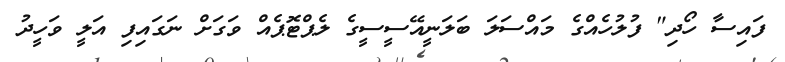
ފައިސާ ހޯދި" ފުލުހެއްގެ މައްސަލަ ބަލަނީއޭސީސީގެ ލެޕްޓޮޕެއް ވަގަށް ނަގައިފި އަލީ ވަހީދު